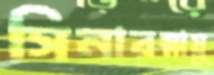
সিনারস্নায়ু